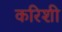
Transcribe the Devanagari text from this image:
करिशी